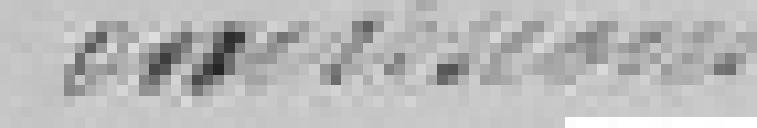
omissions.